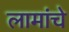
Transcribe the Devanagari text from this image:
लामांचे